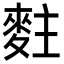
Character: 𪌘